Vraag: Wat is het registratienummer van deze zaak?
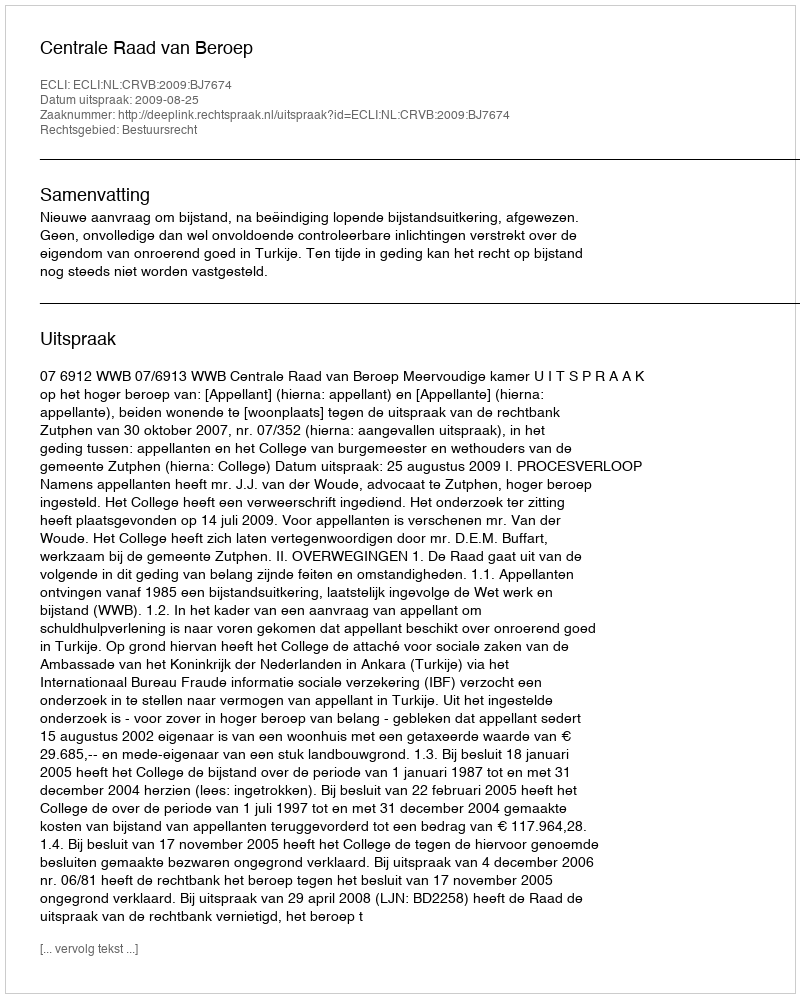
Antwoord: http://deeplink.rechtspraak.nl/uitspraak?id=ECLI:NL:CRVB:2009:BJ7674